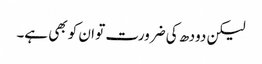
لیکن دودھ کی ضرورت تو ان کو بھی ہے۔